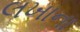
લખાના